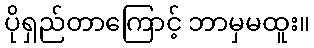
ပိုရှည်တာကြောင့် ဘာမှမထူး။